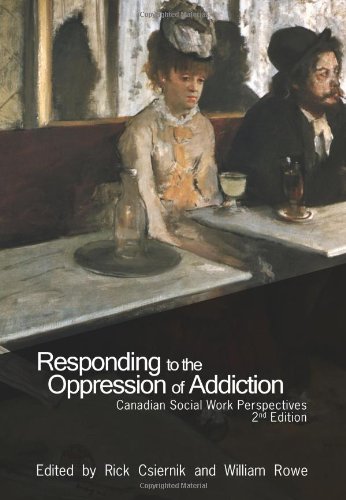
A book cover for Responding to the Oppression of Addiction: Canadian Social Work Perspectives; Health, Fitness & Dieting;